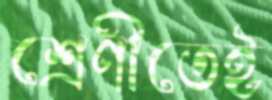
শ্রেণীতেই